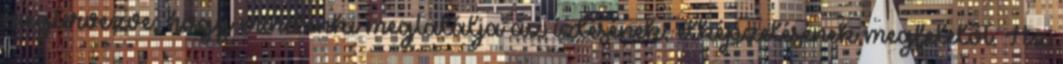
megtervezve, hogy mindenki megtalálja az ízlésének, elképzelésének megfelelőt. Az